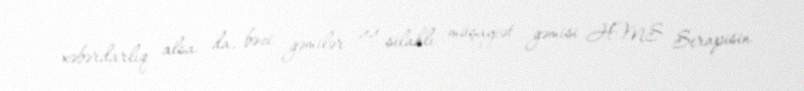
xəbərdarlıq alsa da, bəzi gəmilər 44 silahlı müşayiət gəmisi HMS Serapisin